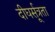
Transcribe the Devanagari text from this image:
दीघर्सूत्रता